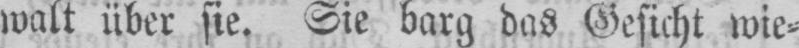
walt über sie. Sie barg das Gesicht wie⸗